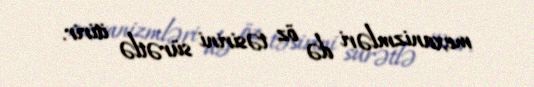
mexanizmləri də öz təsirini sürətlə itirir.